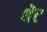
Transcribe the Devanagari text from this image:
थॆट